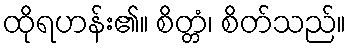
ထိုရဟန်း၏။ စိတ္တံ၊ စိတ်သည်။